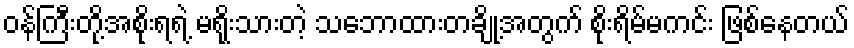
ဝန်ကြီးတို့အစိုးရရဲ့ မရိုးသားတဲ့ သဘောထားတချို့အတွက် စိုးရိမ်မကင်း ဖြစ်နေတယ်